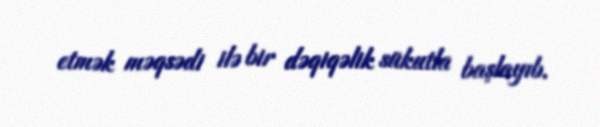
etmək məqsədi ilə bir dəqiqəlik sükutla başlayıb.